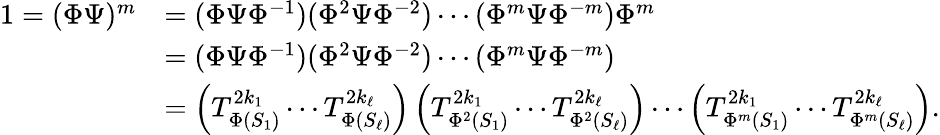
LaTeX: \begin{array}{rl}{1=(\Phi\Psi)^{m}}&{=(\Phi\Psi\Phi^{-1})(\Phi^{2}\Psi\Phi^{-2})\cdots(\Phi^{m}\Psi\Phi^{-m})\Phi^{m}}\\ &{=(\Phi\Psi\Phi^{-1})(\Phi^{2}\Psi\Phi^{-2})\cdots(\Phi^{m}\Psi\Phi^{-m})}\\ &{=\left(T_{\Phi(S_{1})}^{2k_{1}}\cdots T_{\Phi(S_{\ell})}^{2k_{\ell}}\right)\left(T_{\Phi^{2}(S_{1})}^{2k_{1}}\cdots T_{\Phi^{2}(S_{\ell})}^{2k_{\ell}}\right)\cdots\left(T_{\Phi^{m}(S_{1})}^{2k_{1}}\cdots T_{\Phi^{m}(S_{\ell})}^{2k_{\ell}}\right).}\end{array}